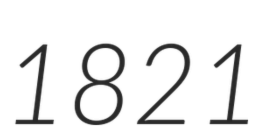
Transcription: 1821